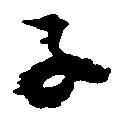
子